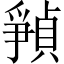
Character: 𪺘